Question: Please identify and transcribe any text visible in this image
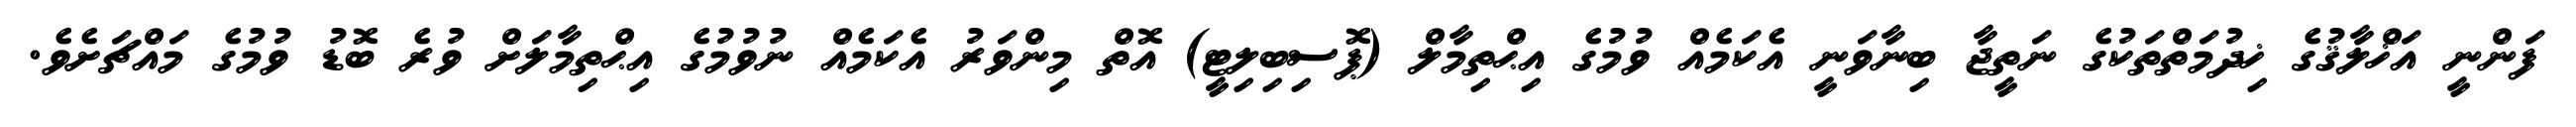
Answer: ފަންނީ އަޚްލާޤުގެ ޚިދުމަތްތަކުގެ ނަތީޖާ ބިނާވަނީ އެކަމެއް ވުމުގެ އިޙްތިމާލް (ޕޮސިބިލިޓީ) އޮތް މިންވަރު އެކަމެއް ނުވުމުގެ އިޙްތިމާލަށް ވުރެ ބޮޑު ވުމުގެ މައްޗަށެވެ.